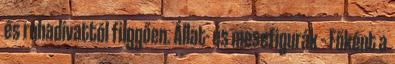
és ruhadivattól függően. Állat- és mesefigurák – Főként a